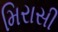
મિરાસી